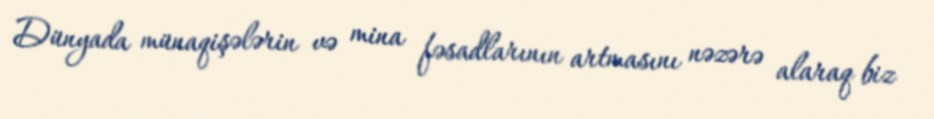
Dünyada münaqişələrin və mina fəsadlarının artmasını nəzərə alaraq biz